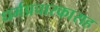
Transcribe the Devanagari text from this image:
धर्मप्रचारकासह